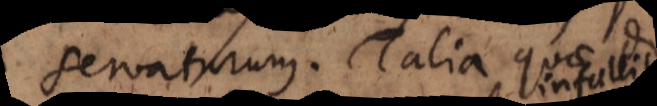
servaturum. Talia quae